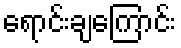
ရောင်းချကြောင်း